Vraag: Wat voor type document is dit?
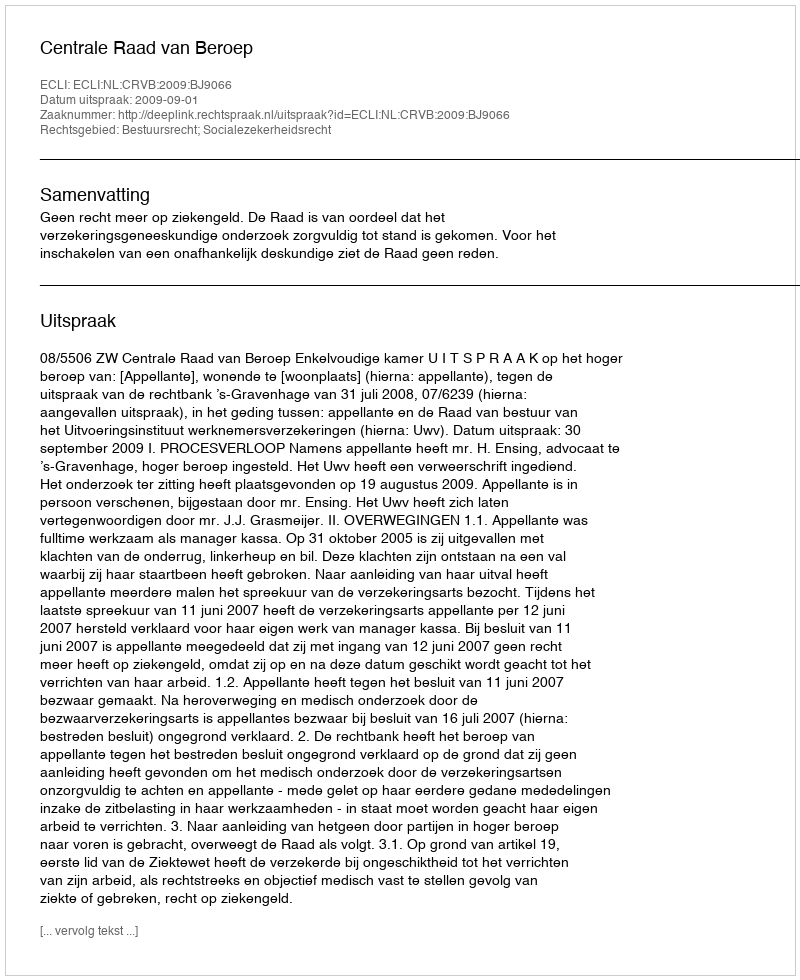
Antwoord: Uitspraak